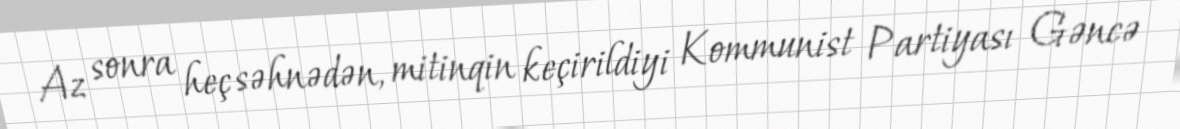
Az sonra heç səhnədən, mitinqin keçirildiyi Kommunist Partiyası Gəncə